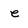
Character: e